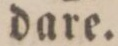
dare.